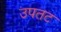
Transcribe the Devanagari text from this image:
उपतट